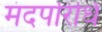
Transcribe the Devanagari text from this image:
मंदपरिधि